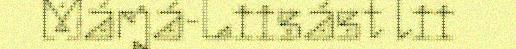
Márjá-Liisást lii